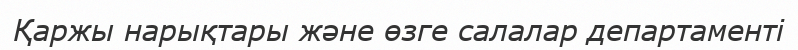
Қаржы нарықтары және өзге салалар департаменті